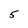
Character: 5